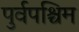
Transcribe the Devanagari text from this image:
पुर्वपश्चिम